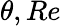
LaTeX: \theta,Re